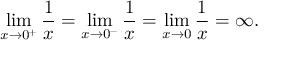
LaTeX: \operatorname* { l i m } _ { x \to 0 ^ { + } } { \frac { 1 } { x } } = \operatorname* { l i m } _ { x \to 0 ^ { - } } { \frac { 1 } { x } } = \operatorname* { l i m } _ { x \to 0 } { \frac { 1 } { x } } = \infty .